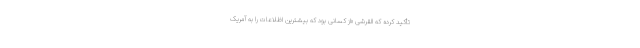
تأکید کرده که القرشی «از کسانی بود که بیشترین اظلاعات را به آمریک